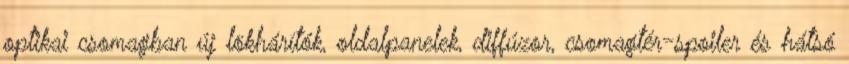
optikai csomagban új lökhárítók, oldalpanelek, diffúzor, csomagtér-spoiler és hátsó